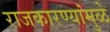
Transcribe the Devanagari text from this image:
राजकारण्यांमुळे